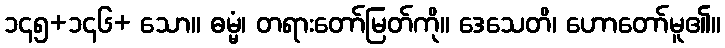
၁၄၅+၁၄၆+ သော။ ဓမ္မံ၊ တရားတော်မြတ်ကို။ ဒေသေတိ၊ ဟောတော်မူ၏။